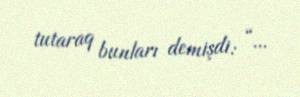
tutaraq bunları demişdi: “...